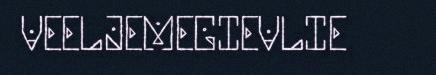
VEELJEMEGIEVLIE